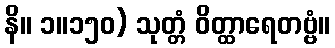
နိ။ ၁။၁၅၀) သုတ္တံ ဝိတ္ထာရေတဗ္ဗံ။